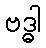
ဗဒ္ဓါ